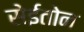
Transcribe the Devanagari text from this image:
सेईतोन